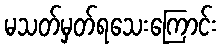
မသတ်မှတ်ရသေးကြောင်း